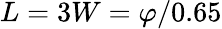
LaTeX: L=3W=\varphi/0.65